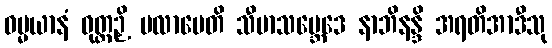
ဓမ္မယာနံ ဝုတ္တဉှိ ပလာပေတိ သီမာသမ္ဘေဒေ နာဘိနန္ဒိ အရတိအာဒီသု